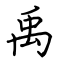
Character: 禹